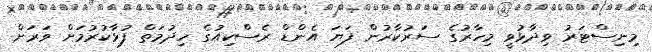
މިނިސްޓަރު ވިދާޅުވީ މިހާރުގެ ސަރުކާރުން ފަޔަ އެންޑް ރެސްކިއުގެ ހިދުމަތް ފުޅާކުރުމަށް ވަރަށް